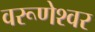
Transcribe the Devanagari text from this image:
वरूणेश्वर